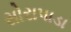
સોરાપાડા